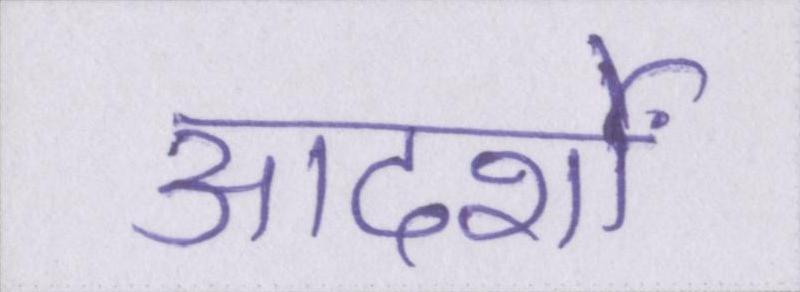
आदर्शों